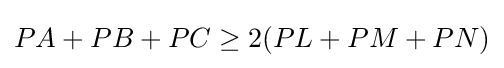
PA+PB+PC\geq 2(PL+PM+PN)